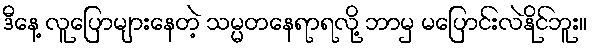
ဒီနေ့ လူပြောများနေတဲ့ သမ္မတနေရာရလို့ ဘာမှ မပြောင်းလဲနိုင်ဘူး။